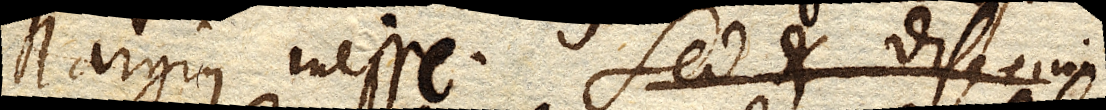
largius inesse. Sed et